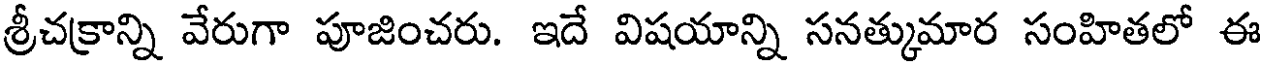
శ్రీచక్రాన్ని వేరుగా పూజించరు. ఇదే విషయాన్ని సనత్కుమార సంహితలో ఈ